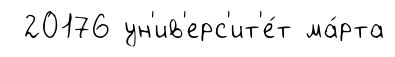
20176 ун'ив'ерс'ит'е́т ма́рта